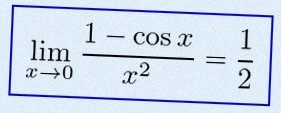
\lim_{x\to0}\frac{1-\cos x}{x^2}=\frac12